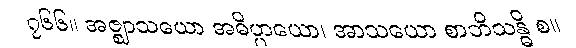
၇၆၆။ အဇ္ဈာသယော အဓိပ္ပာယော၊ အာသယော စာဘိသန္ဓိ စ။